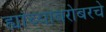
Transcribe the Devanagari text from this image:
ह्यांच्याबरोबरचे